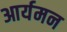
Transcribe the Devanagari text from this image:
आर्यमन